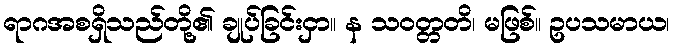
ရာဂအစရှိသည်တို့၏ ချုပ်ခြင်းငှာ။ န သဝတ္တတိ၊ မဖြစ်။ ဥပသမာယ၊